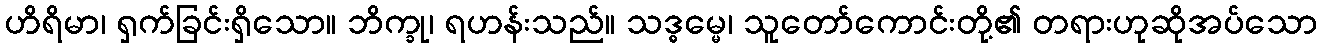
ဟိရိမာ၊ ရှက်ခြင်းရှိသော။ ဘိက္ခု၊ ရဟန်းသည်။ သဒ္ဓမ္မေ၊ သူတော်ကောင်းတို့၏ တရားဟုဆိုအပ်သော